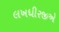
લખધીરજીએ